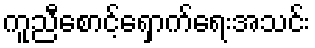
ကူညီစောင့်ရှောက်ရေးအသင်း